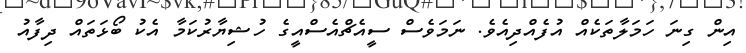
އިން ގިނަ ހަމަލާތަކެއް އުފެއްދިއެވެ. ނަމަވެސް ސީއެޗްއެސްއީގެ ހުޝިޔާރުކަމާ އެކު ބޯޅަތައް ދިފާއު